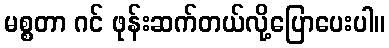
မစ္စတာ ဂင် ဖုန်းဆက်တယ်လို့ပြောပေးပါ။